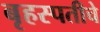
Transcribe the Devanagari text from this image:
बृहस्पतीचे